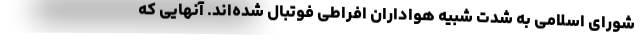
شورای اسلامی به شدت شبیه هواداران افراطی فوتبال شده‌اند. آنهایی که